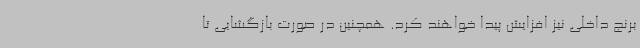
برنج داخلی نیز افزایش پیدا خواهند کرد. همچنین در صورت بازگشایی تا